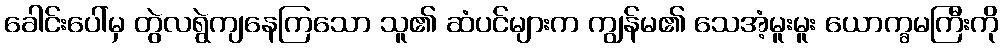
ခေါင်းပေါ်မှ တွဲလရွဲကျနေကြသော သူ၏ ဆံပင်များက ကျွန်မ၏ သေအံ့မူးမူး ယောက္ခမကြီးကို